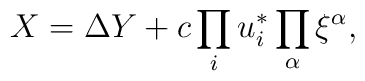
X=\Delta Y+c\prod_iu^*_i\prod_\alpha\xi^\alpha,